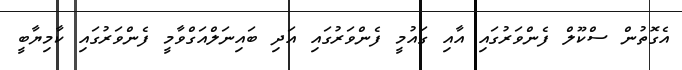
އެގޮތުން ސްކޫލް ފެންވަރުގައި އާއި ގައުމީ ފެންވަރުގައި އަދި ބައިނަލްއަގްވާމީ ފެންވަރުގައި ކާމިޔާބީ